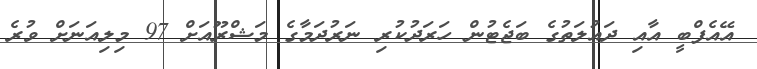
އޭއެފްބީ އާއި ދައުލަތުގެ ބަޖެޓުން ހަރަދުކުރި ނަރުދަމާގެ މަޝްރޫއަށް 97 މިލިއަނަށް ވުރެ